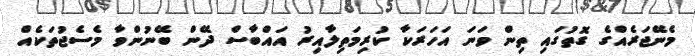
މެނޭޖަރެއްގެ ގޮތުގައި ތިން ވަނަ އަހަރަކާ ކުރިމަތިލާއިރު އައްބާސް ދޭން ބޭނުންވާ މެސެޖުތަކެއް